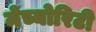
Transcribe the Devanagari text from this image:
मेच्योरिटी